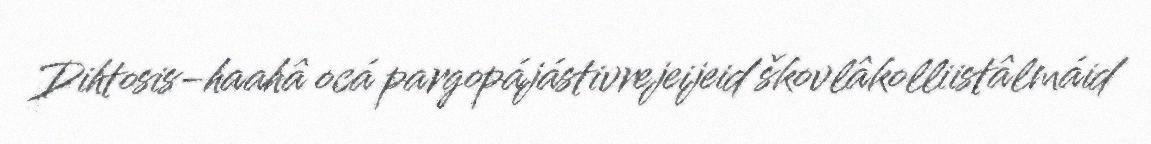
Dihtosis-haahâ ocá pargopájástivrejeijeid škovlâkolliistâlmáid